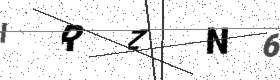
Text: IRZN6